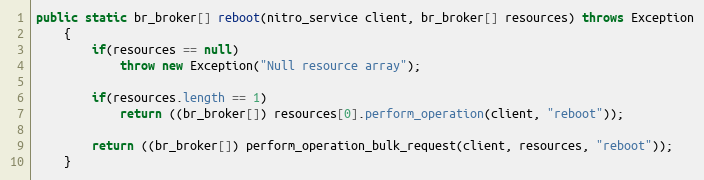
Language: Java
public static br_broker[] reboot(nitro_service client, br_broker[] resources) throws Exception
	{
		if(resources == null)
			throw new Exception("Null resource array");

		if(resources.length == 1)
			return ((br_broker[]) resources[0].perform_operation(client, "reboot"));

		return ((br_broker[]) perform_operation_bulk_request(client, resources, "reboot"));
	}